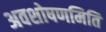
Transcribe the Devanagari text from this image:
अवशोषणमिति